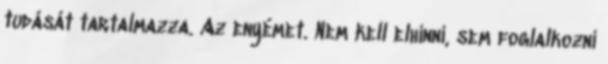
tudását tartalmazza. Az enyémet. Nem kell elhinni, sem foglalkozni